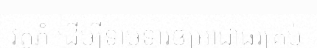
វត្តភ្នំ ដើម្បីទាមទារឲ្យអាជ្ញាធរគ្រប់